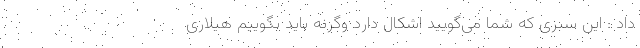
داد : این سبزی که شما می‌گویید اشکال دارد وگرنه باید بگوییم هیلاری